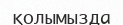
қолымызда